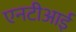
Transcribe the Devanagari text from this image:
एनटीआई